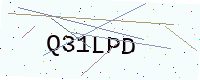
Text: Q31LPD